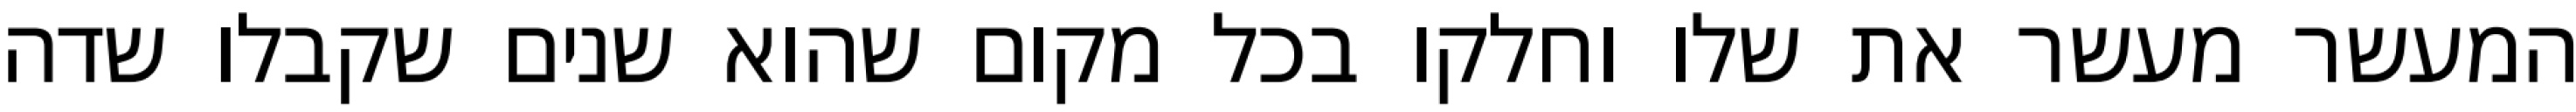
המעשר מעשר את שלו וחלקו בכל מקום שהוא שנים שקבלו שדה